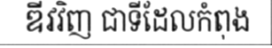
ឌីវវិញ ជាទីដែលកំពុង